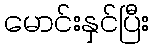
မောင်းနှင်ပြီး